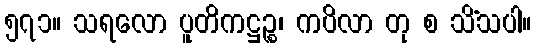
၅၇၁။ သရလော ပူတိကဋ္ဌဉ္စ၊ ကပိလာ တု စ သိံသပါ။